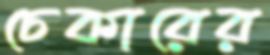
চেকারের